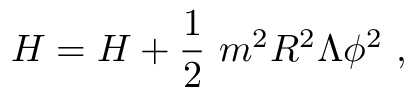
H = { \cal H } + \frac { 1 } { 2 } \ m ^ { 2 } R ^ { 2 } \Lambda \phi ^ { 2 } \ ,